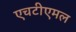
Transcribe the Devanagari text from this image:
एचटीएमल